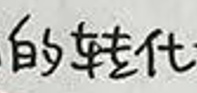
的转化